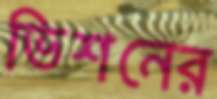
ভিশনের